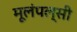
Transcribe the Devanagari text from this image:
मूलंपल्सी